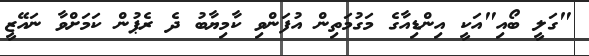
"ގަލީ ބޯއި"އަކީ އިންޑިއާގެ މަގުމަތިން އުފަންވި ކާމިޔާބު ދެ ރެޕުން ކަމަށްވާ ނައޭޒީ